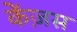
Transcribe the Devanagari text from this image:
केंज़स